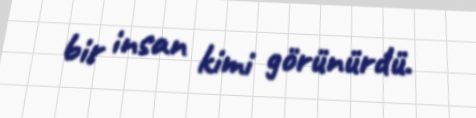
bir insan kimi görünürdü.